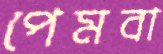
পেমবা